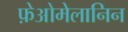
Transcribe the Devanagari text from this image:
फ़ेओमेलानिन